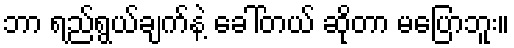
ဘာ ရည်ရွယ်ချက်နဲ့ ခေါ်တယ် ဆိုတာ မပြောဘူး။